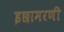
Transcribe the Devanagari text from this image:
इछामरणी